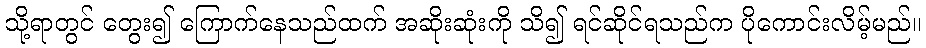
သို့ရာတွင် တွေး၍ ကြောက်နေသည်ထက် အဆိုးဆုံးကို သိ၍ ရင်ဆိုင်ရသည်က ပိုကောင်းလိမ့်မည်။